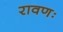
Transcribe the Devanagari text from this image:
रावणः